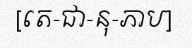
[តេ-ជា-នុ-ភាប]